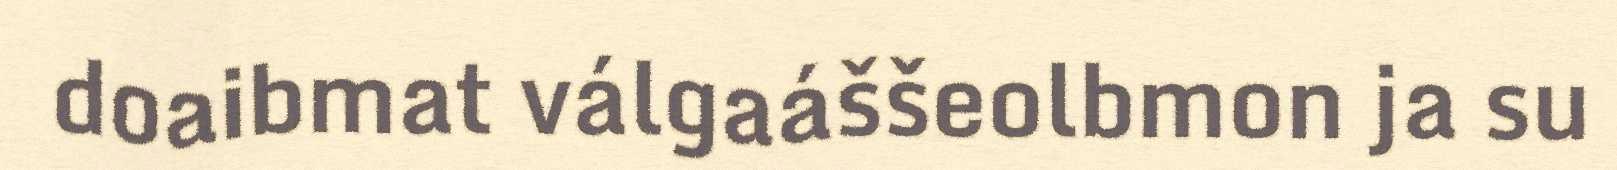
doaibmat válgaáššeolbmon ja su